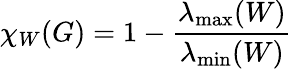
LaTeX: \chi_{W}(G)=1-{\frac{\lambda_{\operatorname*{max}}(W)}{\lambda_{\operatorname*{min}}(W)}}